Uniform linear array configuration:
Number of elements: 64
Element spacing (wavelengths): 1
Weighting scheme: exponential
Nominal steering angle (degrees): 60
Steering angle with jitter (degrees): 59.547
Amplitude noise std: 0.05
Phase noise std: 0.05

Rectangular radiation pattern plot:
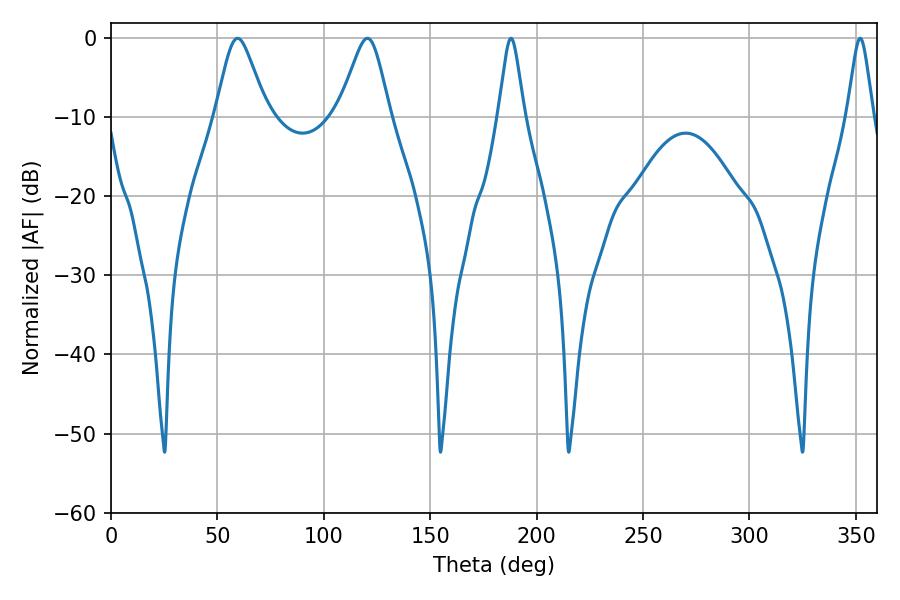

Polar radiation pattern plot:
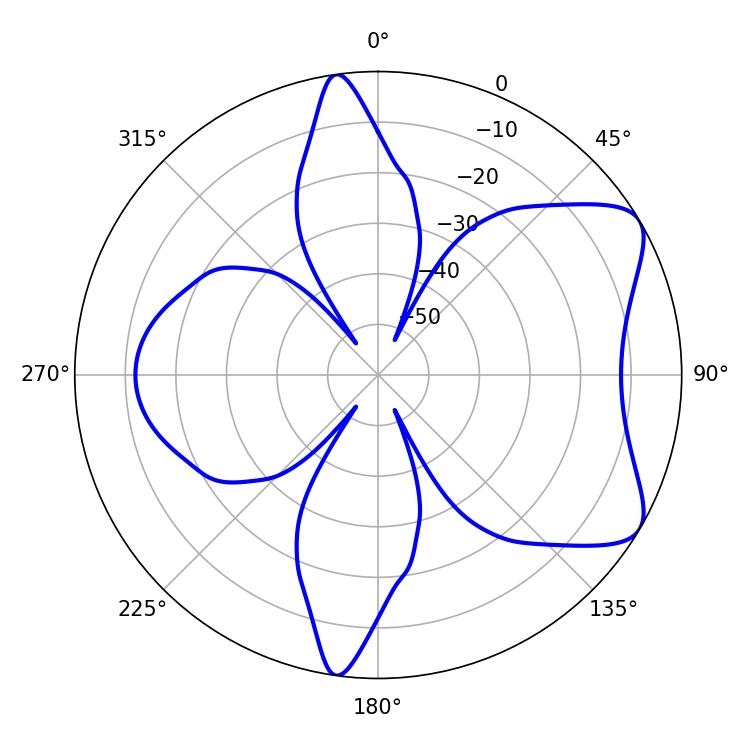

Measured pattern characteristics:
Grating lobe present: TRUE
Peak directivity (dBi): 7.137
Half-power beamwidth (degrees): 5.76
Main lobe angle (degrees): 187.92